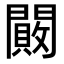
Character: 闝